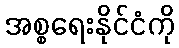
အစ္စရေးနိုင်ငံကို